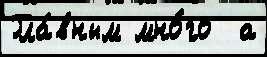
Гла́вным мно́го  а